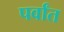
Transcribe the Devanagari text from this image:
पर्वांत